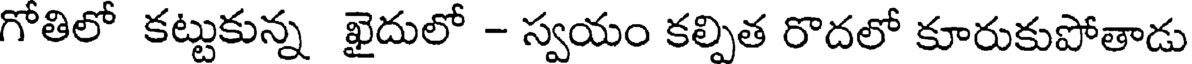
గోతిలో కట్టుకున్న ఖైదులో - స్వయం కల్పిత రొదలో కూరుకుపోతాడు